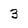
Character: 3